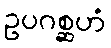
ဥပဂစ္ဆဟံ